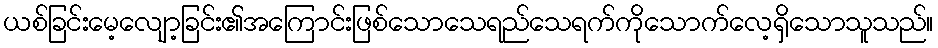
ယစ်ခြင်းမေ့လျော့ခြင်း၏အကြောင်းဖြစ်သောသေရည်သေရက်ကိုသောက်လေ့ရှိသောသူသည်။